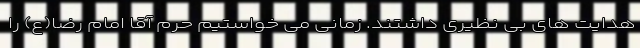
هدایت های بی نظیری داشتند. زمانی می خواستیم حرم آقا امام رضا(ع) را